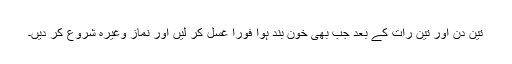
تین دن اور تین رات کے بعد جب بھی خون بند ہوا فوراً غسل کر لیں اور نماز وغیرہ شروع کر دیں۔